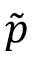
\tilde { \boldsymbol { p } }